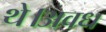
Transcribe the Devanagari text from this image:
थे।अवध